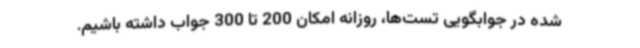
شده در جوابگویی تست‌ها، روزانه امکان 200 تا 300 جواب داشته باشیم.